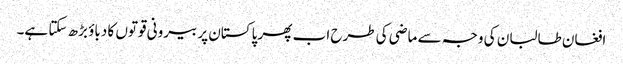
افغان طالبان کی وجہ سے ماضی کی طرح اب پھر پاکستان پر بیرونی قوتوں کا دباؤ بڑھ سکتا ہے۔